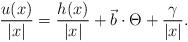
LaTeX: \begin{align*} \frac{{u(x)}}{{|x|}} = \frac{{h(x)}}{{|x|}} + \vec b \cdot \Theta + \frac{\gamma }{{|x|}} .\end{align*}